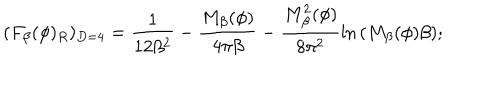
( F _ { \beta } ( \phi ) _ { R } ) _ { D = 4 } = \frac { 1 } { 1 2 \beta ^ { 2 } } - \frac { M _ { \beta } ( \phi ) } { 4 \pi \beta } - \frac { M _ { \beta } ^ { 2 } ( \phi ) } { 8 \pi ^ { 2 } } \ln { ( M _ { \beta } ( \phi ) \beta ) } ;